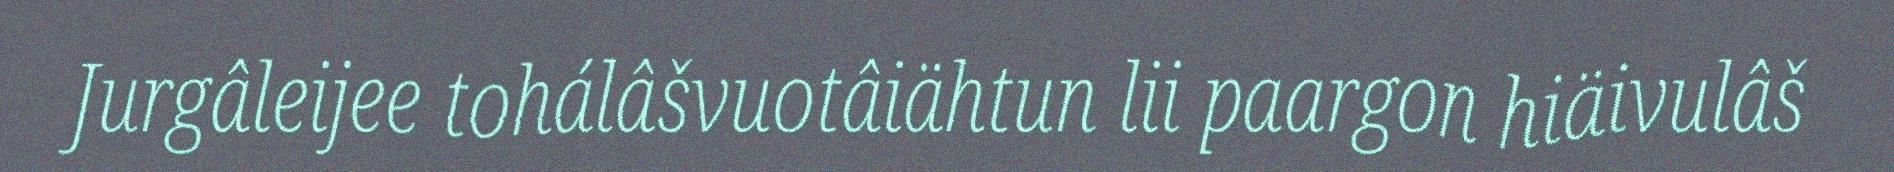
Jurgâleijee tohálâšvuotâiähtun lii paargon hiäivulâš